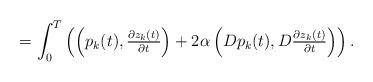
LaTeX: \begin{align*}=\int_0^T\left(\left(p_k(t),\tfrac{\partial z_k(t)}{\partial t}\right)+2\alpha\left(Dp_k(t),D\tfrac{\partial z_k(t)}{\partial t}\right)\right).\end{align*}